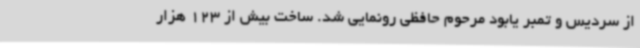
از سردیس و تمبر یابود مرحوم حافظی رونمایی شد. ساخت بیش از 123 هزار